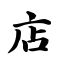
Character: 店